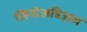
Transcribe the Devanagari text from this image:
सिनोअत्रिअल